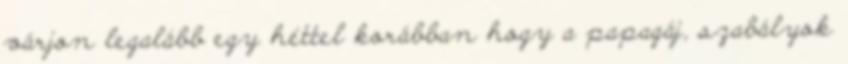
várjon legalább egy héttel korábban hogy a papagáj, szabályok